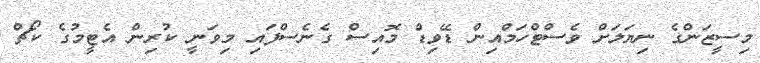
މިސީޒަންގެ ނިޔަލަށް ވެސްޓްހަމްއިން ޑޭވިޑް މޮއިސް ގެނެސްފައި މިވަނީ ކުރިން އެޓީމުގެ ކޯޗް